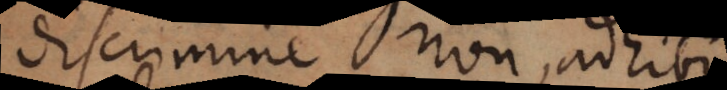
discrimine non adhibito,